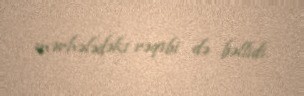
mərhələdəki rəqibi də bəllidi.